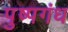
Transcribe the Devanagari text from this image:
पुष्पगंध